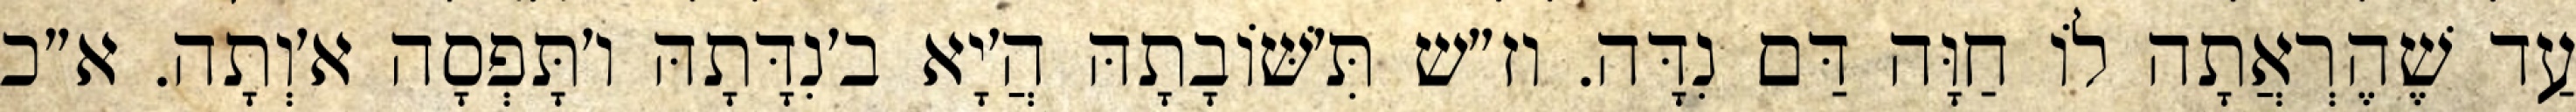
עַד שֶׁהֶרְאֲתָה לוֹ חַוָּה דַּם נִדָּה. וז״ש תִּ׳שּׁוֹבָתָהּ הֲ׳יָא ב׳נִדָּתָהּ ו׳תָּפְסָה א׳וְתָה. א״כ